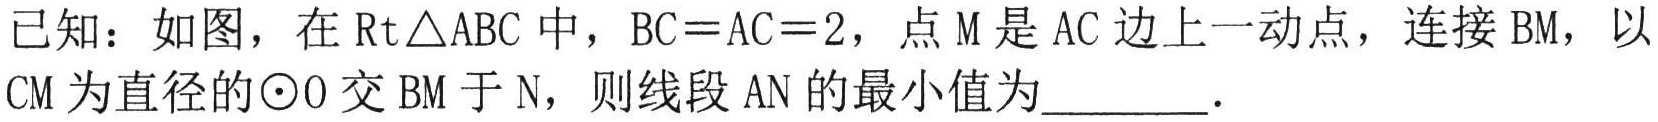
已知：如图，在\(Rt\triangle ABC\)中，\(BC = AC = 2\)，点\(M\)是\(AC\)边上一动点，连接\(BM\)，以\(CM\)为直径的\(\odot O\)交\(BM\)于\(N\)，则线段\(AN\)的最小值为________．